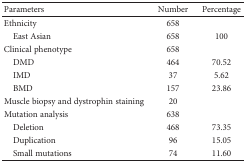
<table><thead><tr><td><b>Parameters</b></td><td><b>Number</b></td><td><b>Percentage</b></td></tr></thead><tbody><tr><td>Ethnicity</td><td>658</td><td></td></tr><tr><td> East Asian</td><td>658</td><td>100</td></tr><tr><td>Clinical phenotype</td><td>658</td><td></td></tr><tr><td> DMD</td><td>464</td><td>70.52</td></tr><tr><td> IMD</td><td>37</td><td>5.62</td></tr><tr><td> BMD</td><td>157</td><td>23.86</td></tr><tr><td>Muscle biopsy and dystrophin staining</td><td>20</td><td></td></tr><tr><td>Mutation analysis</td><td>638</td><td></td></tr><tr><td> Deletion</td><td>468</td><td>73.35</td></tr><tr><td> Duplication</td><td>96</td><td>15.05</td></tr><tr><td> Small mutations</td><td>74</td><td>11.60</td></tr></tbody></table>